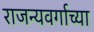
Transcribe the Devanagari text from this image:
राजन्यवर्गाच्या